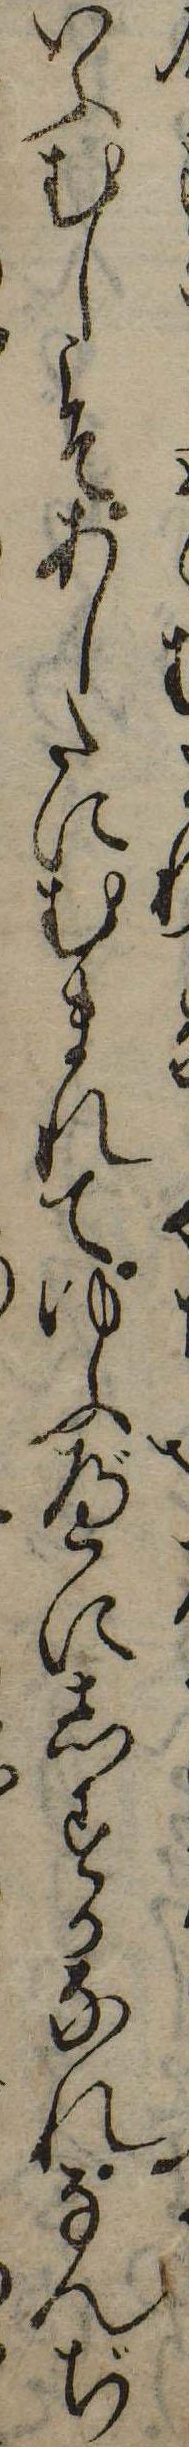
いふむしこそあしたにむまれてゆふべにしするなれなんぢ